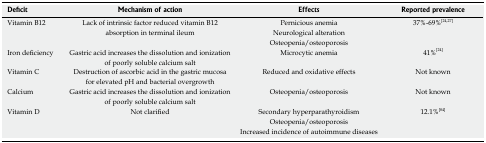
| Deficit | Mechanism of action | Effects | Reported prevalence |
 | --- | --- | --- | --- |
 | <ROWSPAN=3> Vitamin B12 | <ROWSPAN=3> Lack of intrinsic factor reduced vitamin B12 absorption in terminal ileum | Pernicious anemia | <ROWSPAN=3> 37%-69%[24,27] |
 | Neurological alteration |
 | Osteopenia/osteoporosis |
 | Iron deficiency | Gastric acid increases the dissolution and ionization of poorly soluble calcium salt | Microcytic anemia | 41%[24] |
 | Vitamin C | Destruction of ascorbic acid in the gastric mucosa for elevated pH and bacterial overgrowth | Reduced and oxidative effects | Not known |
 | Calcium | Gastric acid increases the dissolution and ionization of poorly soluble calcium salt | Osteopenia/osteoporosis | Not known |
 | <ROWSPAN=3> Vitamin D | <ROWSPAN=3> Not clarified | Secondary hyperparathyroidism | <ROWSPAN=3> 12.1%[84] |
 | Osteopenia/osteoporosis |
 | Increased incidence of autoimmune diseases |